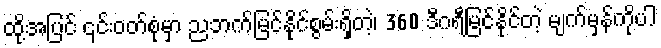
ထို့အပြင် ၎င်းဝတ်စုံမှာ ညဘက်မြင်နိုင်စွမ်းရှိတဲ့၊ 360 ဒီဂရီမြင်နိုင်တဲ့ မျက်မှန်ကိုပါ